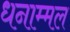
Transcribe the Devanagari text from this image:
धनाम्मल